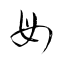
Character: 毋